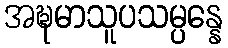
အဍ္ဎမာသူပသမ္ပန္နေ